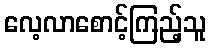
လေ့လာစောင့်ကြည့်သူ